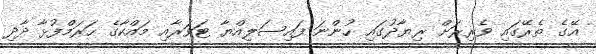
އޭގެ ތެރޭގައި ވެރިރަށް ރިޔާދުގައި ހުންނަ ފައިސަލިއްޔާ ޓަވަރާއި މައްކާގެ ހަރަމްފުޅާ ދާދި